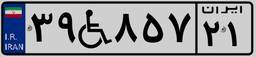
۳۹W۸۵۷۲۱